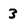
Character: 3